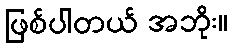
ဖြစ်ပါတယ် အဘိုး။